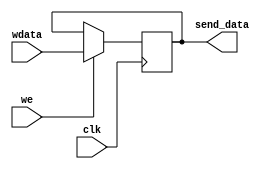
module EthernetSendData(
	input clk,
	input [31:0]wdata,
	input we,
	output reg [31:0]send_data = 32'b0
);
	always @(negedge clk) begin
		if(we) begin
			send_data <= wdata;
		end else begin
			send_data <= send_data;
		end
	end
endmodule